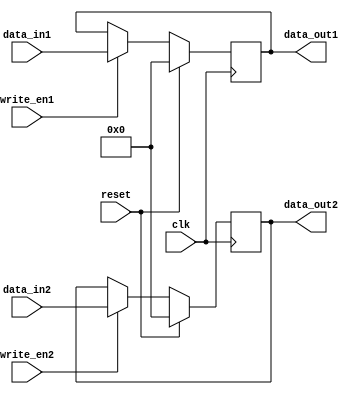
module dual_port_register (
    input wire clk,
    input wire reset,
    input wire write_en1,
    input wire write_en2,
    input wire [7:0] data_in1,
    input wire [7:0] data_in2,
    output reg [7:0] data_out1,
    output reg [7:0] data_out2
);

reg [7:0] reg_data1;
reg [7:0] reg_data2;

always @(posedge clk) begin
    if (reset) begin
        reg_data1 <= 8'b0;
        reg_data2 <= 8'b0;
    end else begin
        if (write_en1) begin
            reg_data1 <= data_in1;
        end 
        if (write_en2) begin
            reg_data2 <= data_in2;
        end
    end
end

assign data_out1 = reg_data1;
assign data_out2 = reg_data2;

endmodule